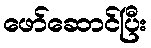
ဖော်ဆောင်ပြီး